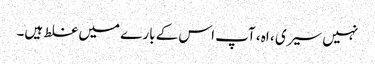
نہیں سیری ، اہ ، آپ اس کے بارے میں غلط ہیں۔